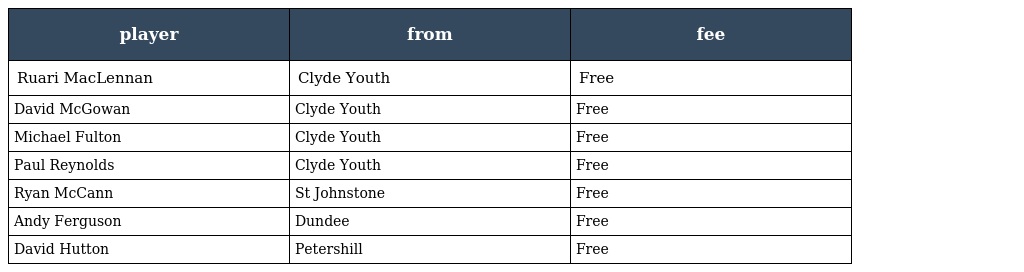
| player | from | fee |
 | --- | --- | --- |
 | Ruari MacLennan | Clyde Youth | Free |
 | David McGowan | Clyde Youth | Free |
 | Michael Fulton | Clyde Youth | Free |
 | Paul Reynolds | Clyde Youth | Free |
 | Ryan McCann | St Johnstone | Free |
 | Andy Ferguson | Dundee | Free |
 | David Hutton | Petershill | Free |